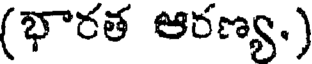
(భారత ఆరణ్య.)